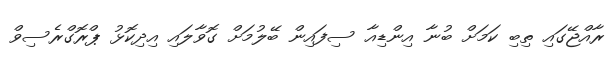
ރާއްޖޭގައި ތިބި ކަމަށް ބުނާ އިންޑިއާ ސިފައިން ބޭލުމަށް ގޮވާލައި އިދިކޮޅު ޕްރޮގްރެސިވް